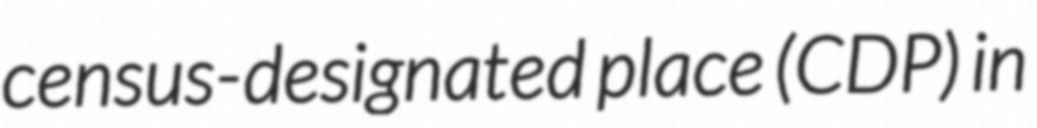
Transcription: census-designated place (CDP) in